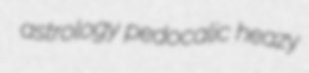
astrology pedocalic heazy